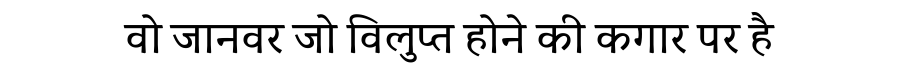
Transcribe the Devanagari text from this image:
वो जानवर जो विलुप्त होने की कगार पर है